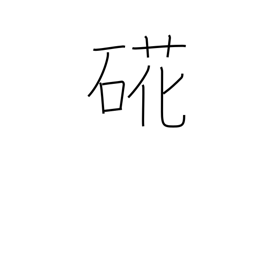
Meaning: oyster